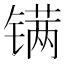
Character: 𬭮